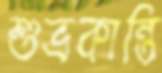
শুভ্রকান্তি